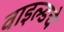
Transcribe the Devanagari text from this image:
वाइल्डचे